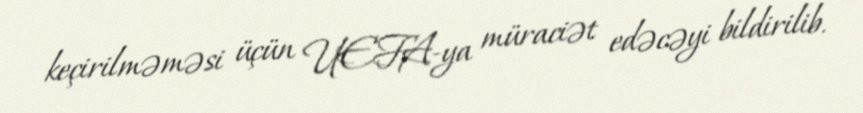
keçirilməməsi üçün UEFA-ya müraciət edəcəyi bildirilib.